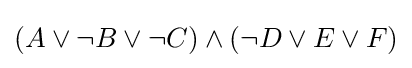
(A\lor \neg B\lor \neg C)\land (\neg D\lor E\lor F)